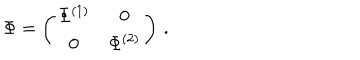
LaTeX: \Phi = \left( \begin{matrix} { { \Phi ^ { ( 1 ) } } } & { { 0 } } \\ { { 0 } } & { { \Phi ^ { ( 2 ) } } } \\ \end{matrix} \right) \, .